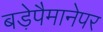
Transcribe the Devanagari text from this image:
बड़ेपैमानेपर